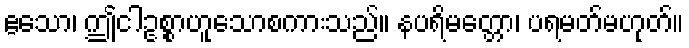
ဧသော၊ ဤငါဥစ္စာဟူသောစကားသည်။ နပရိမတ္တော၊ ပရမတ်မဟုတ်။